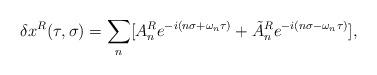
LaTeX: \begin{align*}\delta x^R(\tau,\sigma)=\sum_n[A_n^R e^{-i(n\sigma+\omega_n\tau)}+\tilde{A}_n^R e^{-i(n\sigma-\omega_n\tau)}],\end{align*}